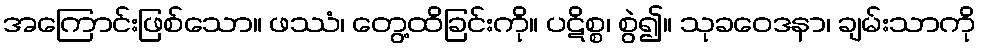
အကြောင်းဖြစ်သော။ ဖဿံ၊ တွေ့ထိခြင်းကို။ ပဋိစ္စ၊ စွဲ၍။ သုခဝေဒနာ၊ ချမ်းသာကို